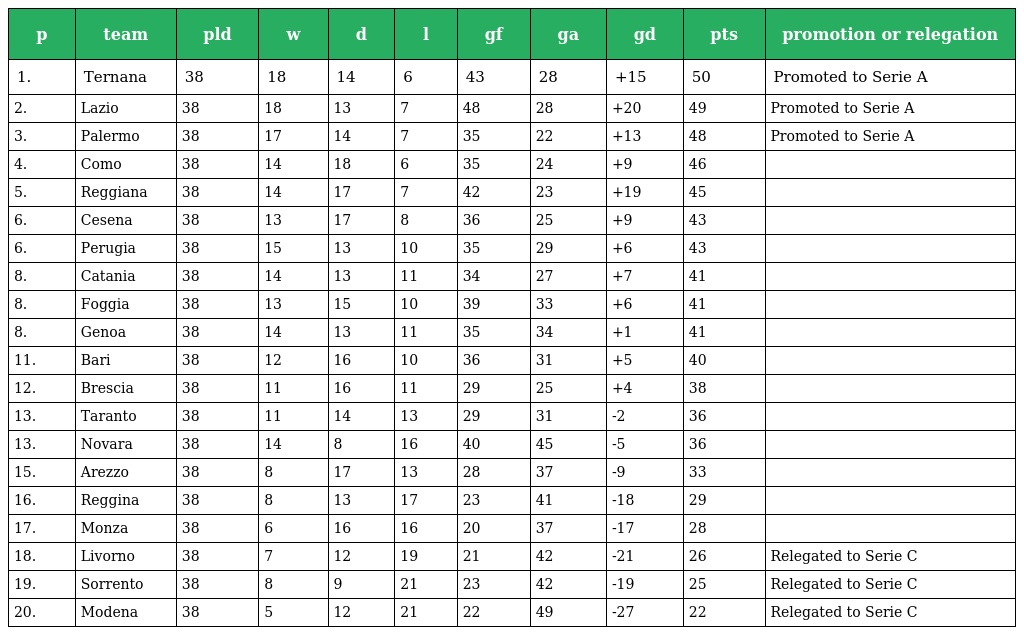
| p | team | pld | w | d | l | gf | ga | gd | pts | promotion or relegation |
 | --- | --- | --- | --- | --- | --- | --- | --- | --- | --- | --- |
 | 1. | Ternana | 38 | 18 | 14 | 6 | 43 | 28 | +15 | 50 | Promoted to Serie A |
 | 2. | Lazio | 38 | 18 | 13 | 7 | 48 | 28 | +20 | 49 | Promoted to Serie A |
 | 3. | Palermo | 38 | 17 | 14 | 7 | 35 | 22 | +13 | 48 | Promoted to Serie A |
 | 4. | Como | 38 | 14 | 18 | 6 | 35 | 24 | +9 | 46 |  |
 | 5. | Reggiana | 38 | 14 | 17 | 7 | 42 | 23 | +19 | 45 |  |
 | 6. | Cesena | 38 | 13 | 17 | 8 | 36 | 25 | +9 | 43 |  |
 | 6. | Perugia | 38 | 15 | 13 | 10 | 35 | 29 | +6 | 43 |  |
 | 8. | Catania | 38 | 14 | 13 | 11 | 34 | 27 | +7 | 41 |  |
 | 8. | Foggia | 38 | 13 | 15 | 10 | 39 | 33 | +6 | 41 |  |
 | 8. | Genoa | 38 | 14 | 13 | 11 | 35 | 34 | +1 | 41 |  |
 | 11. | Bari | 38 | 12 | 16 | 10 | 36 | 31 | +5 | 40 |  |
 | 12. | Brescia | 38 | 11 | 16 | 11 | 29 | 25 | +4 | 38 |  |
 | 13. | Taranto | 38 | 11 | 14 | 13 | 29 | 31 | -2 | 36 |  |
 | 13. | Novara | 38 | 14 | 8 | 16 | 40 | 45 | -5 | 36 |  |
 | 15. | Arezzo | 38 | 8 | 17 | 13 | 28 | 37 | -9 | 33 |  |
 | 16. | Reggina | 38 | 8 | 13 | 17 | 23 | 41 | -18 | 29 |  |
 | 17. | Monza | 38 | 6 | 16 | 16 | 20 | 37 | -17 | 28 |  |
 | 18. | Livorno | 38 | 7 | 12 | 19 | 21 | 42 | -21 | 26 | Relegated to Serie C |
 | 19. | Sorrento | 38 | 8 | 9 | 21 | 23 | 42 | -19 | 25 | Relegated to Serie C |
 | 20. | Modena | 38 | 5 | 12 | 21 | 22 | 49 | -27 | 22 | Relegated to Serie C |